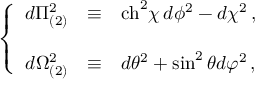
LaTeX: \left\{ \begin{array} { r c l } { { d \Pi _ { ( 2 ) } ^ { 2 } } } & { { \equiv } } & { { \mathrm { c h } ^ { 2 } \chi \, d \phi ^ { 2 } - d \chi ^ { 2 } \, , } } \\ { { } } & { { } } & { { } } \\ { { d \Omega _ { ( 2 ) } ^ { 2 } } } & { { \equiv } } & { { d \theta ^ { 2 } + \sin ^ { 2 } { \theta } d \varphi ^ { 2 } \, , } } \end{array} \right.